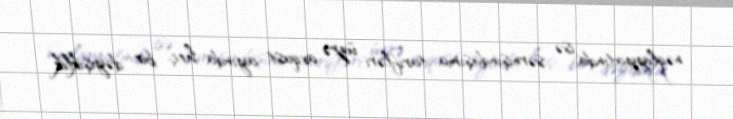
nəqliyyatında isə sərnişindaşıma tarifləri üzrə avqust ayında heç bir dəyişiklik